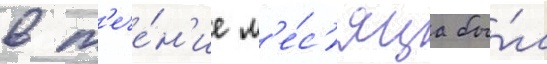
в т'ече́н'ие м'е́с'яца бы́л